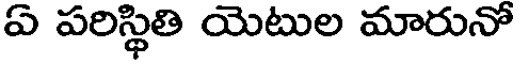
ఏ పరిస్థితి యెటుల మారునో